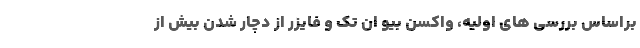
براساس بررسی های اولیه، واکسن بیو ان تک و فایزر از دچار شدن بیش از